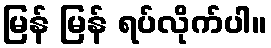
မြန် မြန် ရပ်လိုက်ပါ။